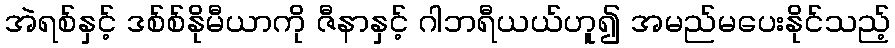
အဲရစ်နှင့် ဒစ်စ်နိုမီယာကို ဇီနာနှင့် ဂါဘရီယယ်ဟူ၍ အမည်မပေးနိုင်သည့်